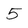
Character: 5